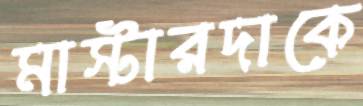
মাস্টারদাকে